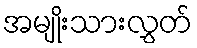
အမျိုးသားလွှတ်